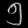
Digit: ၅